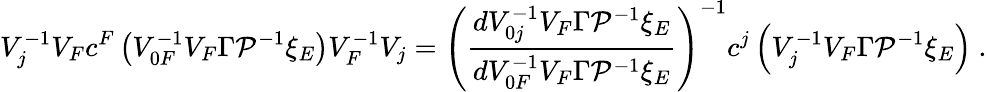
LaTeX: V_{j}^{-1}V_{F}c^{F}\left(V_{0F}^{-1}V_{F}\Gamma{\cal P}^{-1}\xi_{E}\right)V_{F}^{-1}V_{j}=\left(\frac{dV_{0j}^{-1}V_{F}\Gamma{\cal P}^{-1}\xi_{E}}{dV_{0F}^{-1}V_{F}\Gamma{\cal P}^{-1}\xi_{E}}\right)^{-1}c^{j}\left(V_{j}^{-1}V_{F}\Gamma{\cal P}^{-1}\xi_{E}\right)\ .